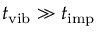
t _ { \mathrm { v i b } } \gg t _ { \mathrm { i m p } }